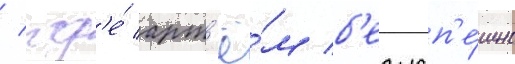
/ гд'е́ арт'ё́м б'езусп'е́шно